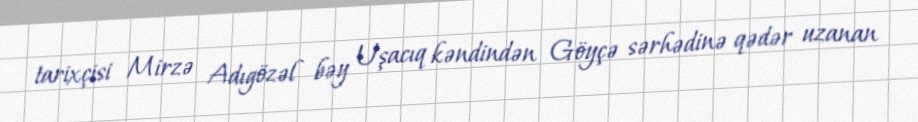
tarixçisi Mirzə Adıgözəl bəy Uşacıq kəndindən Göyçə sərhədinə qədər uzanan